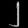
Digit: ၂